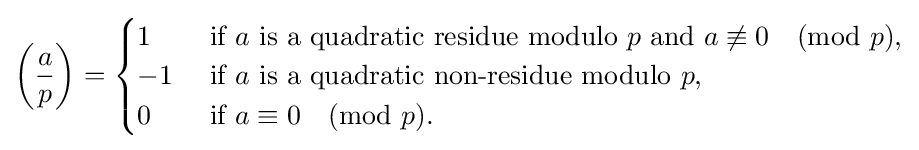
\left({\frac {a}{p}}\right)={\begin{cases}1&{\text{ if }}a{\text{ is a quadratic residue modulo }}p{\text{ and }}a\not \equiv 0{\pmod {p}},\\-1&{\text{ if }}a{\text{ is a quadratic non-residue modulo }}p,\\0&{\text{ if }}a\equiv 0{\pmod {p}}.\end{cases}}